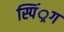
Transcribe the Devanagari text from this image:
स्पिं्रग